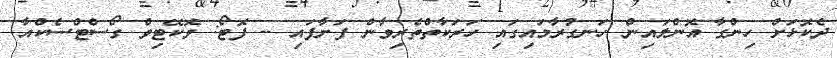
ދެކޮޅަށް ހިންގާ އޮންލައިން ހަނގުރާމައިގައި ހަރަކާތްތެރިވާން ފަށާފައި -- ފޮޓޯ: ވޮކޭޓިވް ގޯސްޓްސެކްއާ